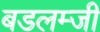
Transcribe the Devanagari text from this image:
बडलम्जी